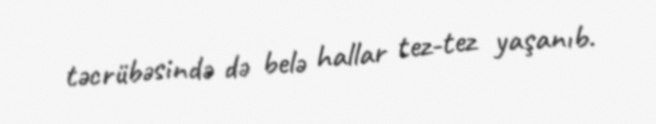
təcrübəsində də belə hallar tez-tez yaşanıb.